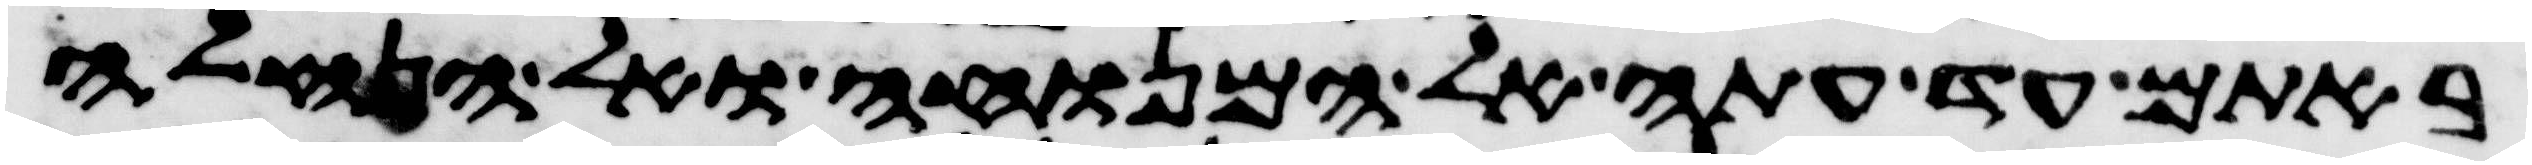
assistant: באתם עד עתה אל המנוחה ואל הנחלה